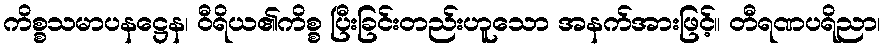
ကိစ္စသမာပနဋ္ဌေန၊ ဝီရိယ၏ကိစ္စ ပြီးခြင်းတည်းဟူသော အနက်အားဖြင့်။ တီရဏပရိညာ၊